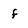
Character: f